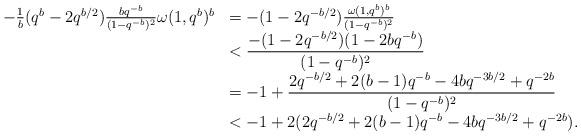
LaTeX: \begin{align*}\begin{array}{rl}-{\frac{1}{b}(q^b-2q^{b/2})}\frac{bq^{-b}}{(1-q^{-b})^2}\omega(1,q^b)^b &= -(1-2q^{-b/2})\frac{\omega(1,q^b)^b}{(1-q^{-b})^2}\\&< \displaystyle\frac{-(1-2q^{-b/2})(1-2bq^{-b})}{(1-q^{-b})^2} \\&= -1 + \displaystyle\frac{2q^{-b/2} +2(b-1)q^{-b} -4bq^{-3b/2} +q^{-2b}}{(1-q^{-b})^2}\\&< -1 + 2(2q^{-b/2} +2(b-1)q^{-b} -4bq^{-3b/2} +q^{-2b}).\end{array}\end{align*}